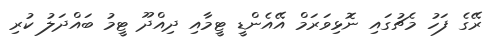
ރޭގެ ފަހު މެޗުގައި ނޮޅިވަރަމް އޭއެންޑީ ޓީމާއި ދިއްދޫ ޓީމު ބައްދަލު ކުރި